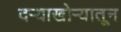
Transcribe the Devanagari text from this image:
दऱ्याखोऱ्यातून